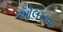
ઓલખવા